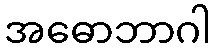
အဓောဘာဂါ